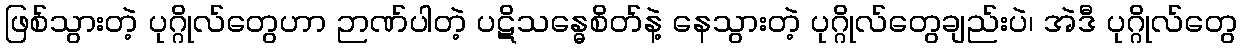
ဖြစ်သွားတဲ့ ပုဂ္ဂိုလ်တွေဟာ ဉာဏ်ပါတဲ့ ပဋိသန္ဓေစိတ်နဲ့ နေသွားတဲ့ ပုဂ္ဂိုလ်တွေချည်းပဲ၊ အဲဒီ ပုဂ္ဂိုလ်တွေ